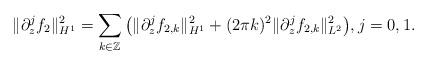
LaTeX: \begin{align*}\|\partial_z^jf_2\|_{H^1}^2=\sum\limits_{k\in\mathbb{Z}}\big(\|\partial_z^jf_{2,k}\|_{H^1}^2+(2\pi k)^2\|\partial_z^jf_{2,k}\|_{L^2}^2\big),j=0,1.\end{align*}